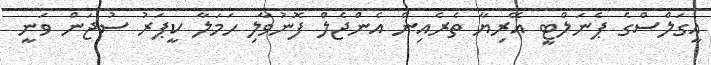
އީގަލްސްގެ ޕެނަލްޓީ އޭރިޔާ ތެރެއިން އެންޖެލް ފޮނުވާލި ހަމަލާ ކީޕަރު ސުޖަން ވަނީ